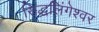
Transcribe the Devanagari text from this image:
सिद्धलिंगेश्वर